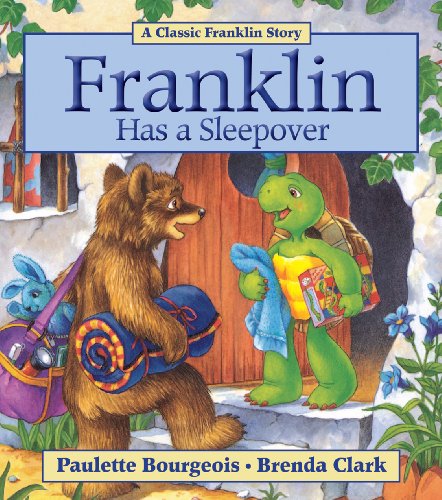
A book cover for Franklin Has a Sleepover; Paulette Bourgeois; Children's Books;